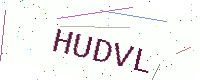
Text: HUDVL